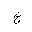
Letter: _kha